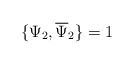
\begin{align*}\{\Psi_{2},\overline{\Psi}_{2}\}=1 \end{align*}